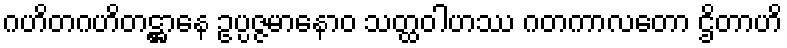
ဂဟိတဂဟိတဋ္ဌာနေ ဥပ္ပဇ္ဇမာနောဝ သတ္ထဝါဟဿ ဂတကာလတော ဌိတာဟိ